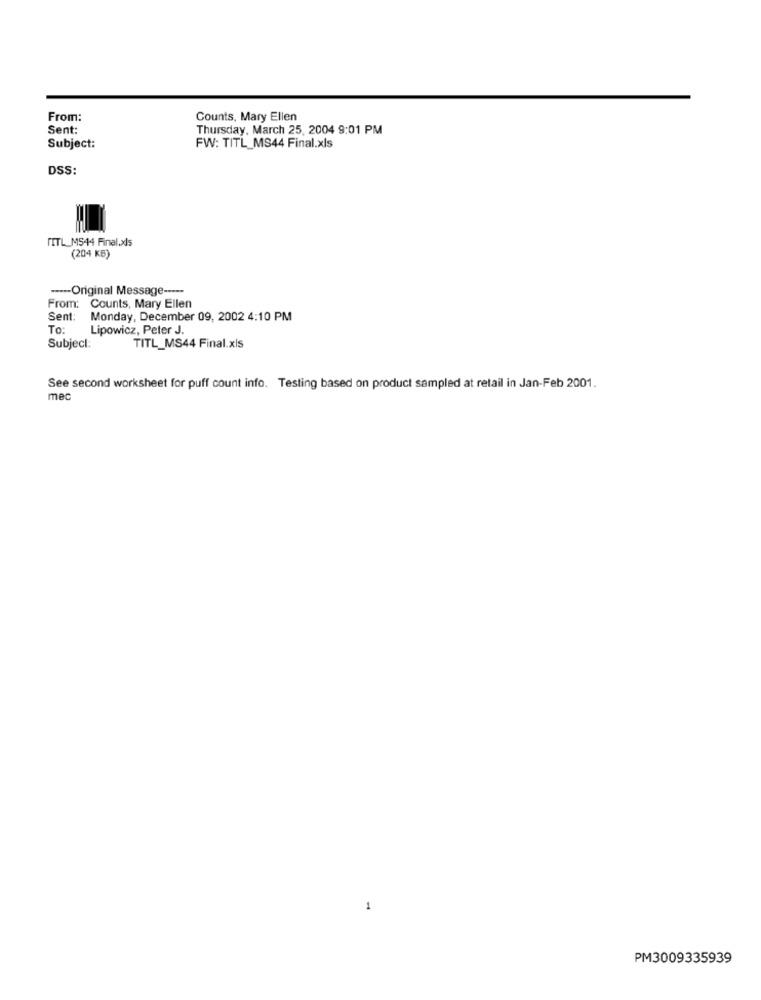
From:
Counts, Mary Ellen
Sent:
Thursday, March 25, 2004 9:01 PM
Subject:
FW: TITL_MS44 Final.xls
DSS:
FITL_MS44 Final.xls
(204 KB)
----- Original Message -----
From: Counts, Mary Ellen
Sent:
Monday, December 09, 2002 4:10 PM
To:
Lipowicz, Peter J.
Subject:
TITL_MS44 Final.xls
See second worksheet for puff count info. Testing based on product sampled at retail in Jan-Feb 2001.
mec
1
PM3009335939